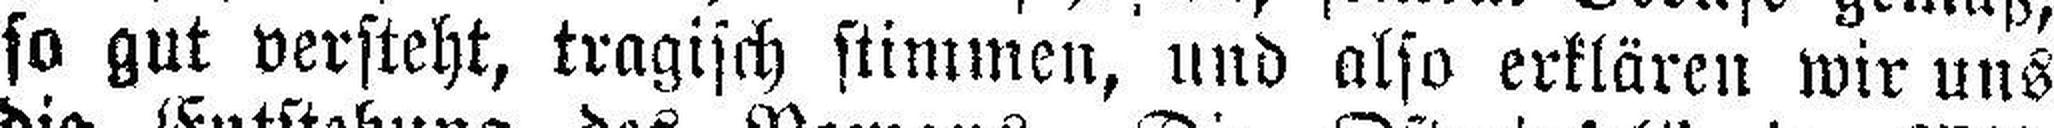
so gut versteht, tragisch stimmen, und also erklären wir uns